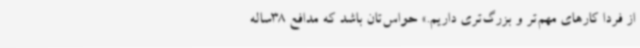
از فردا کارهای مهم‌تر و بزرگ‌تری داریم.» حواس‌تان باشد که مدافع 38ساله